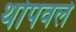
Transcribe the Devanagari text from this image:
थोपवले